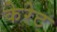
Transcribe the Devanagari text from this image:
केरेट